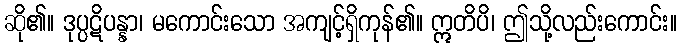
ဆို၏။ ဒုပ္ပဋိပန္နာ၊ မကောင်းသော အကျင့်ရှိကုန်၏။ ဣတိပိ၊ ဤသို့လည်းကောင်း။